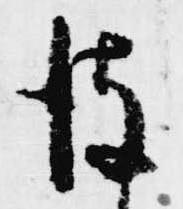
彼